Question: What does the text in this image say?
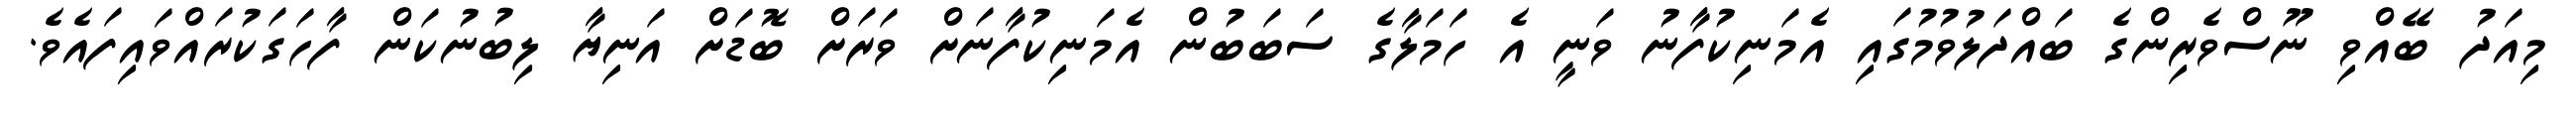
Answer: މިއަދު ބޭއްވި ނޫސްވެރިންގެ ބައްދަލުވުމުގައި އެމަނިކުފާނު ވަނީ އެ ހަމަލާގެ ސަބަބުން އެމަނިކުފާނަށް ވަރަށް ބޮޑަށް އަނިޔާ ލިބުނުކަން ފާހަގަކުރައްވައިފައެވެ.